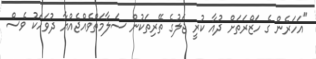
"އަހަރެން ގެ ހަޒްރަތަށް ދުއާ ކުރީ ޖަލުގެ ތޭރިތަކުން ސަލާމަތްވެއްޖެއްޔާ ދުވަހަކު ވެސް